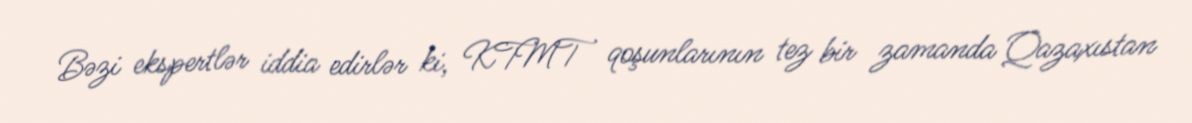
Bəzi ekspertlər iddia edirlər ki, KTMT qoşunlarının tez bir zamanda Qazaxıstan